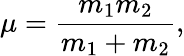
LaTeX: \mu=\frac{m_{1}m_{2}}{m_{1}+m_{2}},